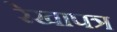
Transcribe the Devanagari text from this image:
रेखापत्र